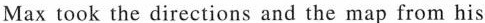
Max took the directions and the map from his